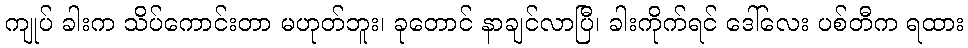
ကျုပ် ခါးက သိပ်ကောင်းတာ မဟုတ်ဘူး၊ ခုတောင် နာချင်လာပြီ၊ ခါးကိုက်ရင် ဒေါ်လေး ပစ်တီက ရထား